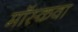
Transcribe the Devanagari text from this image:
मॉस्कवा